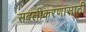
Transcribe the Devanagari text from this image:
सबलीकरणासाठी